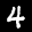
Label: 4